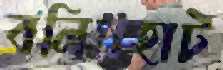
বলিরহাট